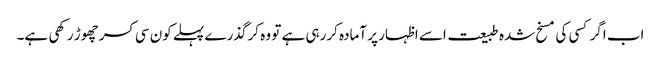
اب اگر کسی کی مسخ شدہ طبیعت اسے اظہار پر آمادہ کررہی ہے تو وہ کرگذرے پہلے کون سی کسر چھوڑ رکھی ہے۔